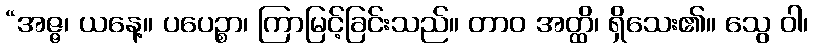
“အဇ္ဇ၊ ယနေ့။ ပပေဉ္စာ၊ ကြာမြင့်ခြင်းသည်။ တာဝ အတ္ထိ၊ ရှိသေး၏။ သွေ ဝါ၊